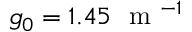
g _ { 0 } = 1 . 4 5 ~ \mathrm { ~ m ~ } ^ { - 1 }